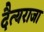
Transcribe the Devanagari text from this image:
दैत्यराजा